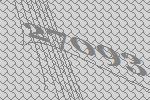
27093